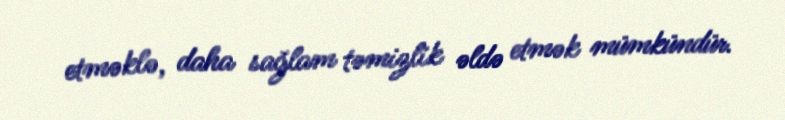
etməklə, daha sağlam təmizlik əldə etmək mümkündür.